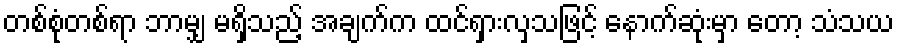
တစ်စုံတစ်ရာ ဘာမျှ မရှိသည့် အချက်က ထင်ရှားလှသဖြင့် နောက်ဆုံးမှာ တော့ သံသယ